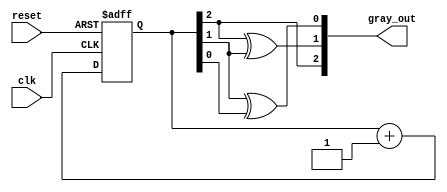
module gray_code_counter (
    input wire clk,        // Clock input
    input wire reset,      // Asynchronous reset input
    output reg [2:0] gray_out // 3-bit Gray code output
);

    reg [2:0] binary_count; // Internal binary counter

    // Asynchronous reset and binary counting on clock edge
    always @(posedge clk or posedge reset) begin
        if (reset) begin
            binary_count <= 3'b000; // Reset binary counter to 0
        end else begin
            binary_count <= binary_count + 1; // Increment binary counter
        end
    end

    // Convert binary count to Gray code
    always @(binary_count) begin
        gray_out[2] = binary_count[2]; // MSB remains the same
        gray_out[1] = binary_count[2] ^ binary_count[1]; // XOR for Gray code
        gray_out[0] = binary_count[1] ^ binary_count[0]; // XOR for Gray code
    end

endmodule